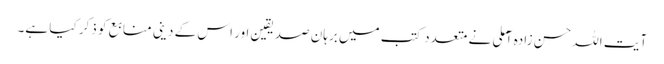
آیت اللہ حسن زادہ آملی نے متعدد کتب میں برہان صدیقین اور اس کے دینی منابع کو ذکر کیا ہے۔